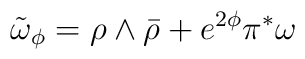
\tilde{\omega}_{\phi}=\rho \wedge \bar{\rho}+e^{2\phi} \pi^{\ast}\omega